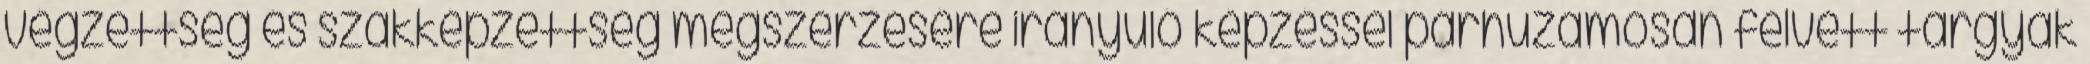
végzettség és szakképzettség megszerzésére irányuló képzéssel párhuzamosan felvett tárgyak